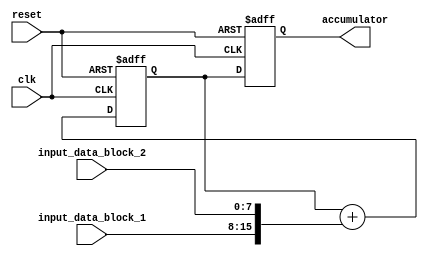
module parallel_accumulator(
    input wire clk,
    input wire reset,
    input wire [7:0] input_data_block_1,
    input wire [7:0] input_data_block_2,
    output reg [15:0] accumulator
);

reg [15:0] temp_accumulator;

always @(posedge clk or posedge reset) begin
    if (reset) begin
        accumulator <= 16'b0;
        temp_accumulator <= 16'b0;
    end else begin
        temp_accumulator <= temp_accumulator + {input_data_block_1, input_data_block_2};
        accumulator <= temp_accumulator;
    end
end

endmodule